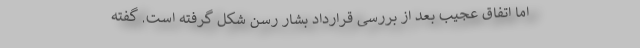
اما اتفاق عجیب بعد از بررسی قرارداد بشار رسن شکل گرفته است. گفته